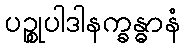
ပဉ္စုပါဒါနက္ခန္ဓာနံ